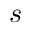
s